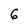
Character: 6